Source: Handwritten
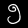
Digit: ၅ (5)